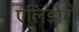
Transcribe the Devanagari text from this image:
एलिडोरो